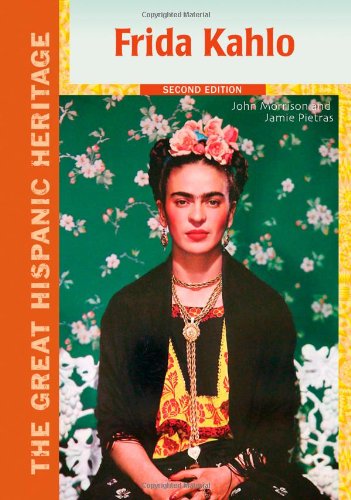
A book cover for Frida Kahlo (The Great Hispanic Heritage); John Morrison; Teen & Young Adult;